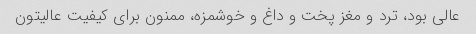
عالی بود، ترد و مغز پخت و داغ و خوشمزه، ممنون برای کیفیت عالیتون